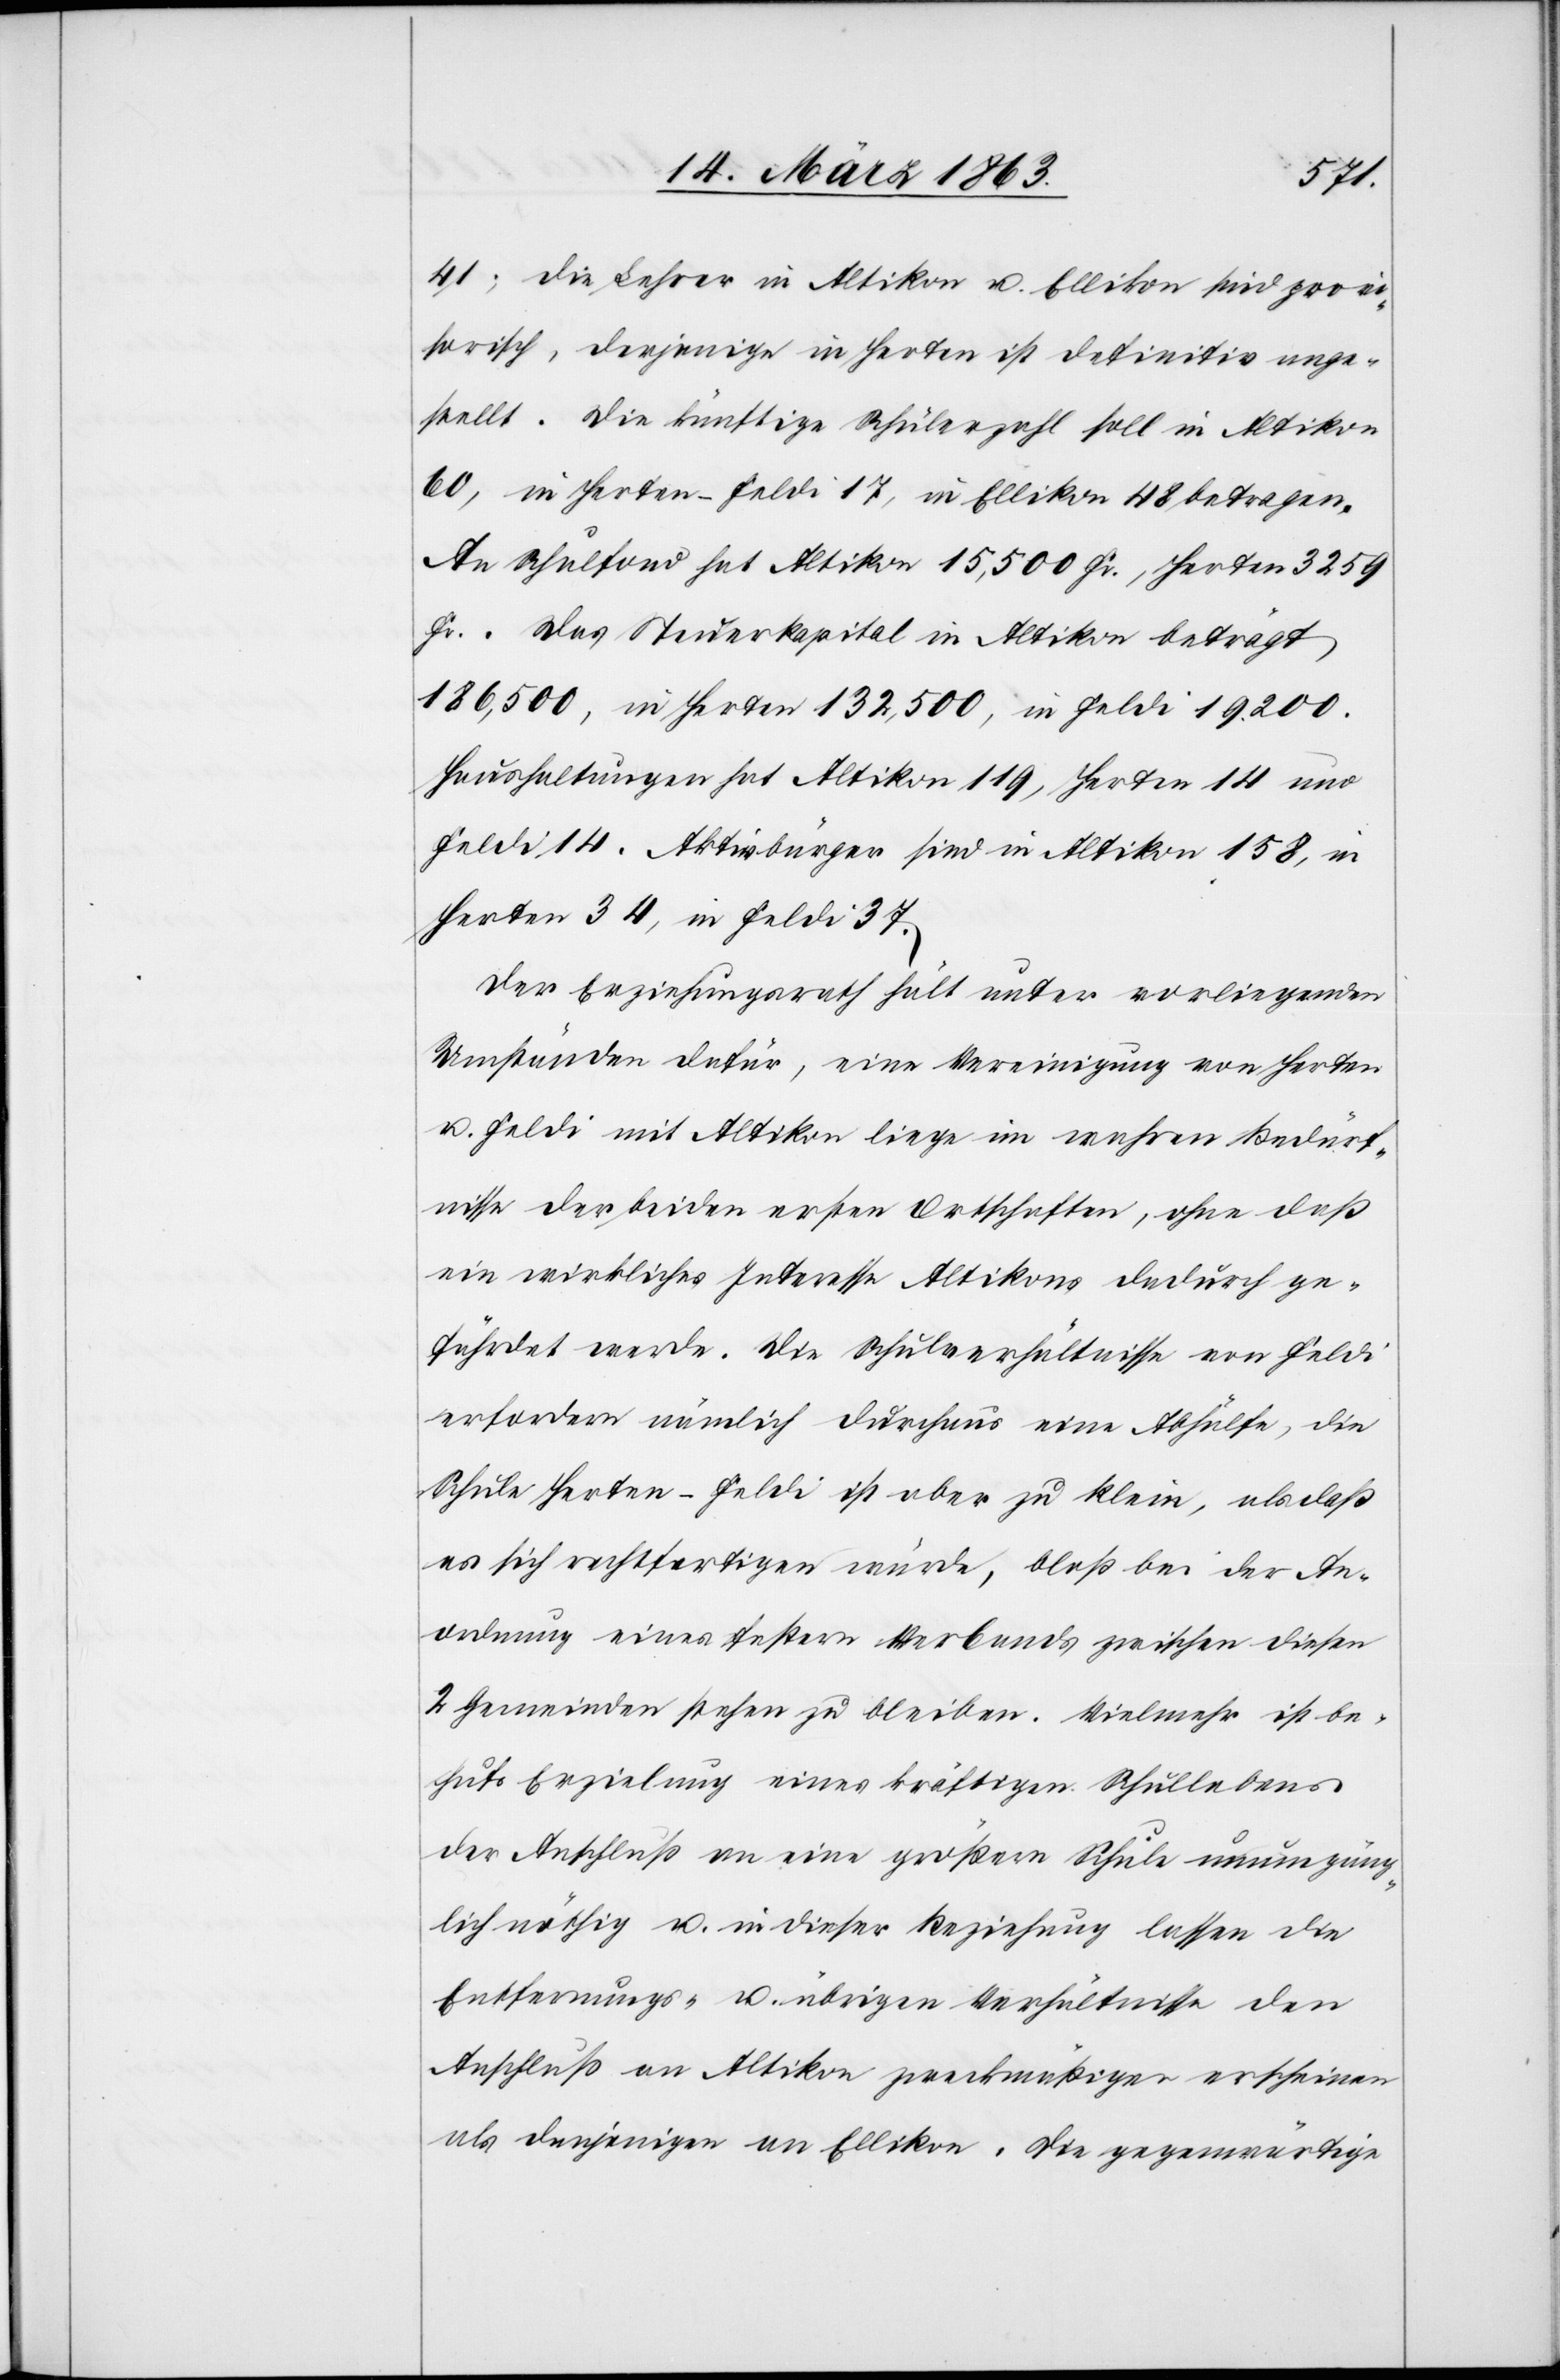
41; die Lehrer in Altikon u. Ellikon sind provi¬
sorisch, derjenige in Herten ist definitiv ange¬
stellt. Die künftige Schülerzahl soll in Altikon
60, in Herten-Feldi 17, in Ellikon 48 betragen.
An Schulfond hat Altikon 15,500 Fr., Herten 3259
Fr.. Das Steuerkapital in Altikon beträgt
186,500, in Herten 132,500, in Feldi 19 200.
Haushaltungen hat Altikon 119, Herten 14 und
Feldi 14. Aktivbürger sind in Altikon 158, in
Herten 34, in Feldi 37.
Der Erziehungsrath hält unter vorliegenden
Umständen dafür, eine Vereinigung von Herten
u. Feldi mit Altikon liege im wahren Bedürf¬
nisse der beiden ersten Ortschaften, ohne daß
ein wirkliches Interesse Altikons dadurch ge¬
fährdet werde. Die Schulverhältnisse von Feldi
erfordern nämlich durchaus eine Abhülfe, die
Schule Herten-Feldi ist aber zu klein, als daß
es sich rechtfertigen würde, bloß bei der An¬
ordnung eines festern Verbands zwischen diesen
2 Gemeinden stehen zu bleiben. Vielmehr ist be¬
hufs Erzielung eines kräftigen Schullebens
der Anschluß an eine größere Schule unumgäng¬
lich nöthig u. in dieser Beziehung lassen die
Entfernungs- u. übrigen Verhältnisse den
Anschluß an Altikon zweckmäßiger erscheinen
als denjenigen an Ellikon, die gegenwärtige